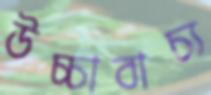
উচ্চাবাচ্য